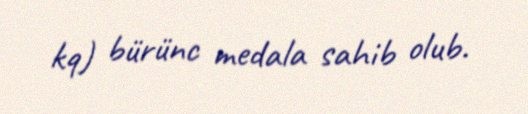
kq) bürünc medala sahib olub.